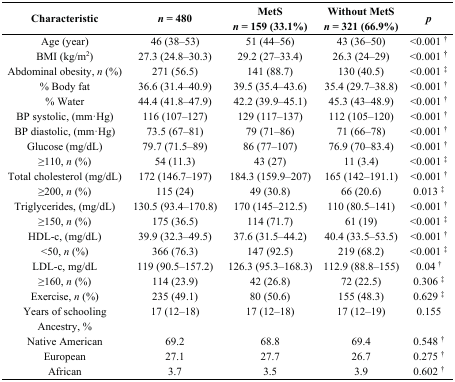
<table><thead><tr><td><b>Characteristic</b></td><td><b><i>n</i> = 480</b></td><td><b>MetS <i>n</i> = 159 (33.1%)</b></td><td><b>Without MetS <i>n</i> = 321 (66.9%)</b></td><td><b><i>p</i></b></td></tr></thead><tbody><tr><td>Age (year)</td><td>46 (38–53)</td><td>51 (44–56)</td><td>43 (36–50)</td><td>&lt;0.001 <sup>†</sup></td></tr><tr><td>BMI (kg/m<sup>2</sup>)</td><td>27.3 (24.8–30.3)</td><td>29.2 (27–33.4)</td><td>26.3 (24–29)</td><td>&lt;0.001 <sup>†</sup></td></tr><tr><td>Abdominal obesity, <i>n</i> (%)</td><td>271 (56.5)</td><td>141 (88.7)</td><td>130 (40.5)</td><td>&lt;0.001 <sup>‡</sup></td></tr><tr><td>% Body fat</td><td>36.6 (31.4–40.9)</td><td>39.5 (35.4–43.6)</td><td>35.4 (29.7–38.8)</td><td>&lt;0.001 <sup>†</sup></td></tr><tr><td>% Water</td><td>44.4 (41.8–47.9)</td><td>42.2 (39.9–45.1)</td><td>45.3 (43–48.9)</td><td>&lt;0.001 <sup>†</sup></td></tr><tr><td>BP systolic, (mm·Hg)</td><td>116 (107–127)</td><td>129 (117–137)</td><td>112 (105–120)</td><td>&lt;0.001 <sup>†</sup></td></tr><tr><td>BP diastolic, (mm·Hg)</td><td>73.5 (67–81)</td><td>79 (71–86)</td><td>71 (66–78)</td><td>&lt;0.001 <sup>†</sup></td></tr><tr><td>Glucose (mg/dL)</td><td>79.7 (71.5–89)</td><td>86 (77–107)</td><td>76.9 (70–83.4)</td><td>&lt;0.001 <sup>†</sup></td></tr><tr><td>≥110, <i>n</i> (%)</td><td>54 (11.3)</td><td>43 (27)</td><td>11 (3.4)</td><td>&lt;0.001 <sup>‡</sup></td></tr><tr><td>Total cholesterol (mg/dL)</td><td>172 (146.7–197)</td><td>184.3 (159.9–207)</td><td>165 (142–191.1)</td><td>&lt;0.001 <sup>†</sup></td></tr><tr><td>≥200, <i>n</i> (%)</td><td>115 (24)</td><td>49 (30.8)</td><td>66 (20.6)</td><td>0.013 <sup>‡</sup></td></tr><tr><td>Triglycerides, (mg/dL)</td><td>130.5 (93.4–170.8)</td><td>170 (145–212.5)</td><td>110 (80.5–141)</td><td>&lt;0.001 <sup>†</sup></td></tr><tr><td>≥150, <i>n</i> (%)</td><td>175 (36.5)</td><td>114 (71.7)</td><td>61 (19)</td><td>&lt;0.001 <sup>‡</sup></td></tr><tr><td>HDL-c, (mg/dL)</td><td>39.9 (32.3–49.5)</td><td>37.6 (31.5–44.2)</td><td>40.4 (33.5–53.5)</td><td>&lt;0.001 <sup>†</sup></td></tr><tr><td>&lt;50, <i>n</i> (%)</td><td>366 (76.3)</td><td>147 (92.5)</td><td>219 (68.2)</td><td>&lt;0.001 <sup>‡</sup></td></tr><tr><td>LDL-c, mg/dL</td><td>119 (90.5–157.2)</td><td>126.3 (95.3–168.3)</td><td>112.9 (88.8–155)</td><td>0.04 <sup>†</sup></td></tr><tr><td>≥160, <i>n</i> (%)</td><td>114 (23.9)</td><td>42 (26.8)</td><td>72 (22.5)</td><td>0.306 <sup>‡</sup></td></tr><tr><td>Exercise, <i>n</i> (%)</td><td>235 (49.1)</td><td>80 (50.6)</td><td>155 (48.3)</td><td>0.629 <sup>‡</sup></td></tr><tr><td>Years of schooling</td><td>17 (12–18)</td><td>17 (12–18)</td><td>17 (12–19)</td><td>0.155</td></tr><tr><td>Ancestry, %</td><td></td><td></td><td></td><td></td></tr><tr><td>Native American</td><td>69.2</td><td>68.8</td><td>69.4</td><td>0.548 <sup>†</sup></td></tr><tr><td>European</td><td>27.1</td><td>27.7</td><td>26.7</td><td>0.275 <sup>†</sup></td></tr><tr><td>African</td><td>3.7</td><td>3.5</td><td>3.9</td><td>0.602 <sup>†</sup></td></tr></tbody></table>